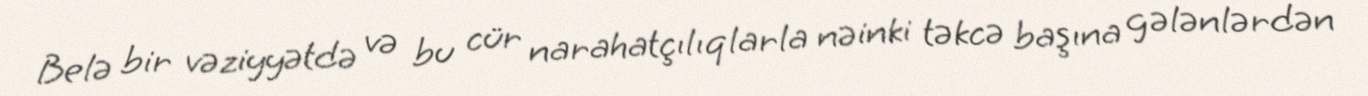
Belə bir vəziyyətdə və bu cür narahatçılıqlarla nəinki təkcə başına gələnlərdən